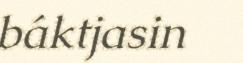
báktjasin